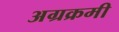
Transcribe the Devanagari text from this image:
अग्रक्रमी